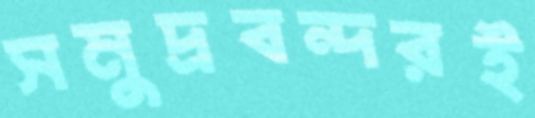
সমুদ্রবন্দরই